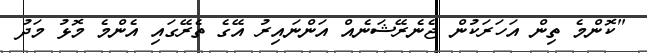
"ކޮންމެ ތިން އަހަރަކުން ޖެނެރޭޝަނެއް އަންނައިރު އޭގެ ތެރޭގައި އެންމެ މޮޅު މަދު